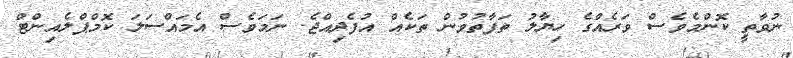
ނުވާތީ ކޮންމެވެސް ވަރެއްގެ ހިޔާލު ތަފާތުވުން ތަކެއް އުފެދިއްޖެ. ނަމަވެސް އެމައްސަލަ ކޮމްޕްލެއިންޓް